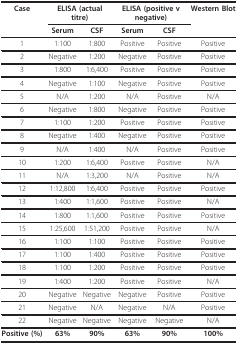
| Case | <COLSPAN=2> ELISA (actual titre) | <COLSPAN=2> ELISA (positive v negative) | Western Blot |
 |  | Serum | CSF | Serum | CSF |  |
 | --- | --- | --- | --- | --- | --- |
 | 1 | 1:100 | 1:800 | Positive | Positive | Positive |
 | 2 | Negative | 1:200 | Negative | Positive | Positive |
 | 3 | 1:800 | 1:6,400 | Positive | Positive | Positive |
 | 4 | Negative | 1:100 | Negative | Positive | Positive |
 | 5 | N/A | 1:200 | N/A | Positive | N/A |
 | 6 | Negative | 1:800 | Negative | Positive | Positive |
 | 7 | 1:100 | 1:200 | Positive | Positive | Positive |
 | 8 | Negative | 1:400 | Negative | Positive | Positive |
 | 9 | N/A | 1:400 | N/A | Positive | Positive |
 | 10 | 1:200 | 1:6,400 | Positive | Positive | N/A |
 | 11 | N/A | 1:3,200 | N/A | Positive | N/A |
 | 12 | 1:12,800 | 1:6,400 | Positive | Positive | Positive |
 | 13 | 1:400 | 1:1,600 | Positive | Positive | N/A |
 | 14 | 1:800 | 1:1,600 | Positive | Positive | Positive |
 | 15 | 1:25,600 | 1:51,200 | Positive | Positive | N/A |
 | 16 | 1:100 | 1:100 | Positive | Positive | Positive |
 | 17 | 1:100 | 1:400 | Positive | Positive | Positive |
 | 18 | 1:100 | 1:200 | Positive | Positive | Positive |
 | 19 | 1:400 | 1:200 | Positive | Positive | N/A |
 | 20 | Negative | Negative | Negative | Positive | Positive |
 | 21 | Negative | N/A | Negative | N/A | Positive |
 | 22 | Negative | Negative | Negative | Negative | N/A |
 | Positive (%) | 63% | 90% | 63% | 90% | 100% |